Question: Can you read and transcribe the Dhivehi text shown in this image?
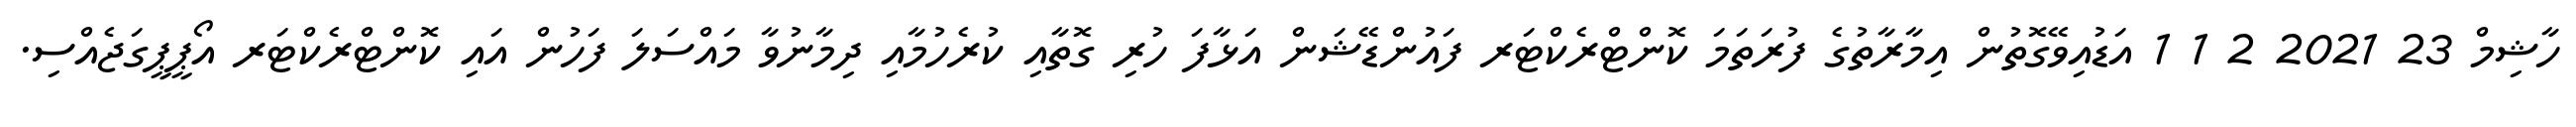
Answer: ހާޝިމް 23 2021 2 1 1 އަޑުއިވޭގޮތުން އިމާރާތުގެ ފުރަތަމަ ކޮންޓްރެކްޓަރ ފައުންޑޭޝަން އަޅާފަ ހުރި ގޮތާއި ކުރެހުމާއި ދިމާނުވާ މައްސަލަ ފަހުން އައި ކޮންޓްރެކްޓަރ އޯޕީޕީގަޖެއްސި.